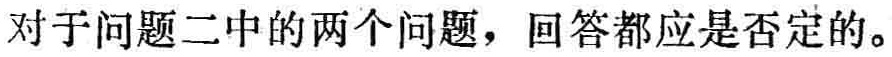
对于问题二中的两个问题，回答都应是否定的。